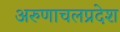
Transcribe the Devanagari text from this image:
अरुणाचलप्रदेश